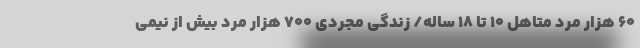
۶۰ هزار مرد متاهل ۱۰ تا ۱۸ ساله/ زندگی مجردی ۷۰۰ هزار مرد بیش از نیمی